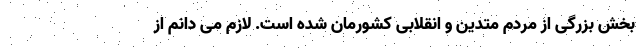
بخش بزرگی از مردم متدین و انقلابی کشورمان شده است. لازم می دانم از